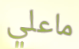
ماعلي